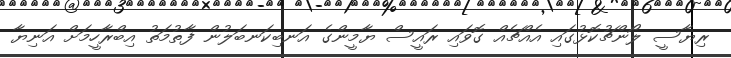
ރިޔާސީ ލޯންޗުކޮޅުގައި އެއްޗެއް ގޮވައި ރައީސް ޔާމީންގެ އަނބިކަނބަލުން ފާތުމަތު އިބްރާހީމަށް އަނިޔާ